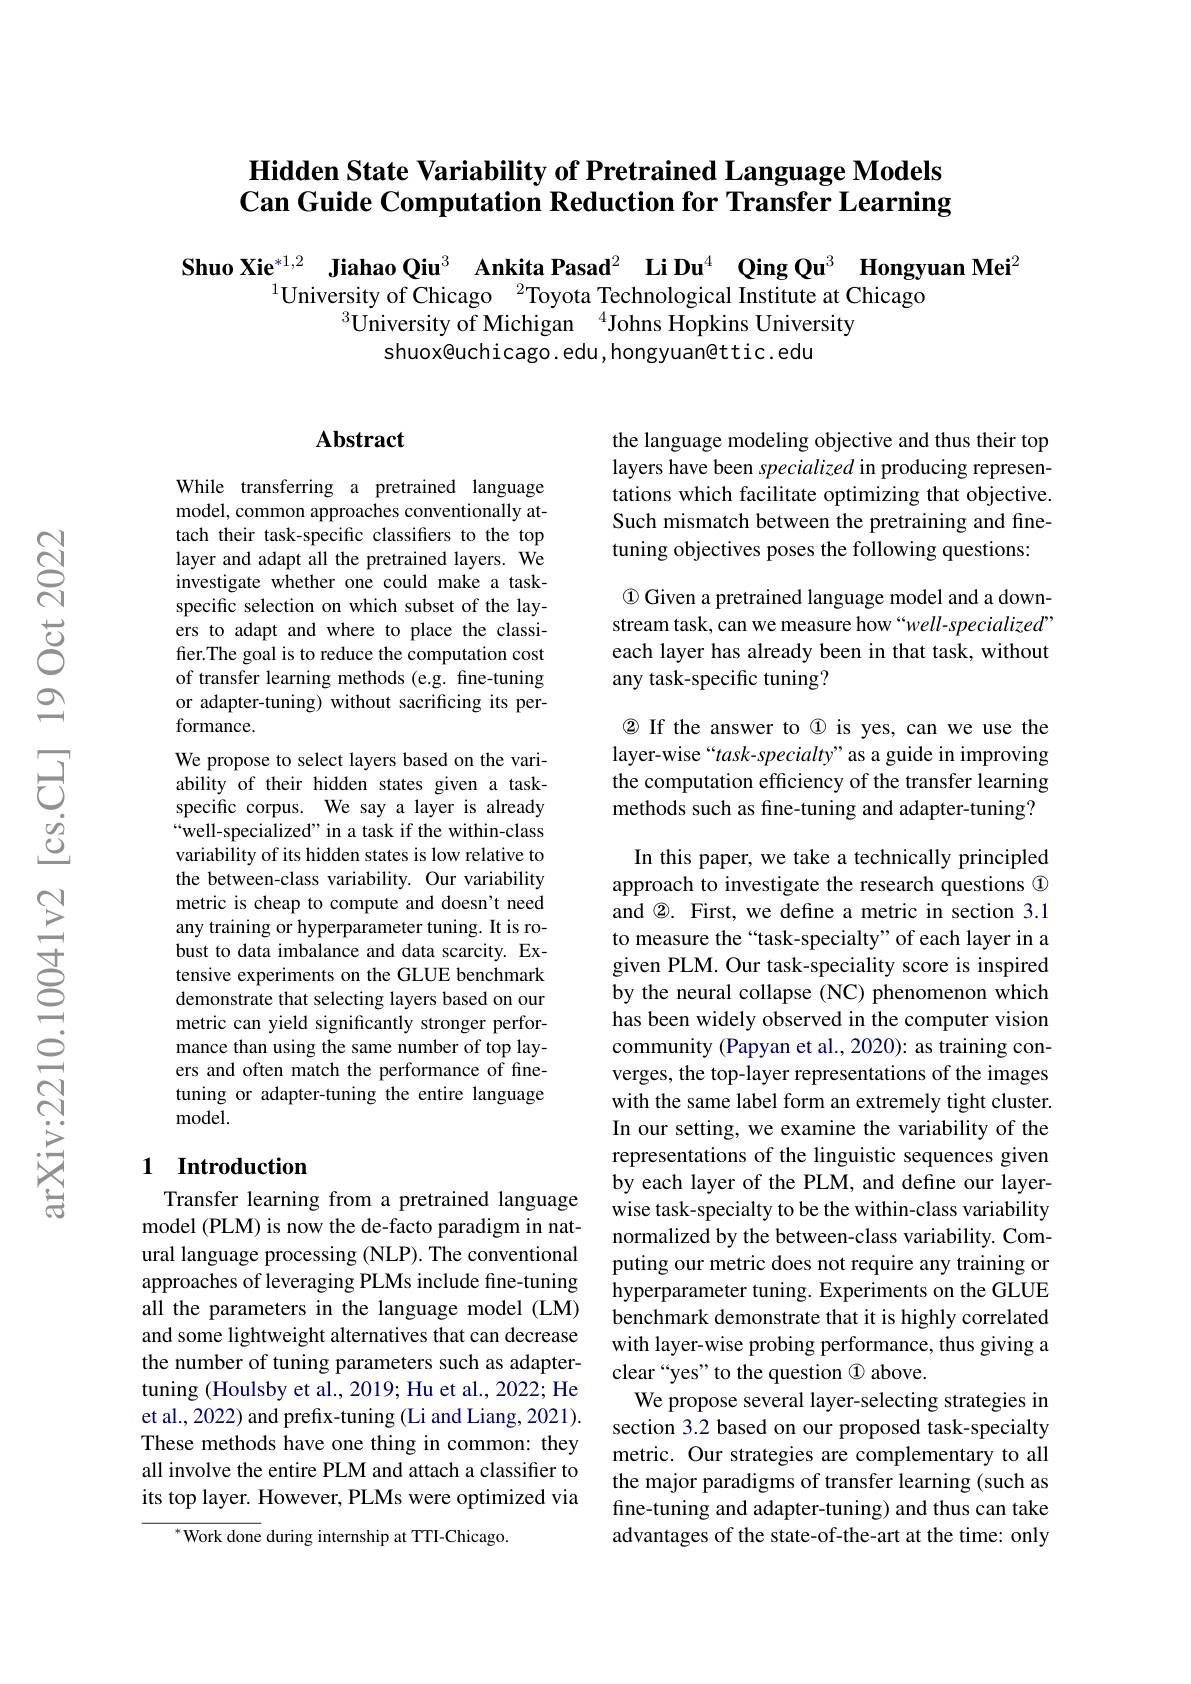
## Hidden State Variability of Pretrained Language Models Can Guide Computation Reduction for Transfer Learning

$\textbf{Shuo Xie}_{1\text{University of Chicago }^2\text{Toyota Technological Institute at Chicago}}^{*1,2}\textbf{Jiahao Qiu}^3\textbf{ Ankita Pasad}^2\textbf{ Li Du}^4\textbf{ Qing Qu}^3\textbf{ Hongyuan Mei}^2$
$^{3}$University of Michigan$^{4}$Johns Hopkins University
shuox@uchicago.edu,hongyuan@ttic.edu

## $\mathbf{Abstract}$

While transferring a pretrained language model, common approaches conventionally attach their task-specific classifiers to the top layer and adapt all the pretrained layers. We investigate whether one could make a taskspecific selection on which subset of the layers to adapt and where to place the classifier.The goal is to reduce the computation cost of transfer learning methods (e.g. fine-tuning or adapter-tuning) without sacrificing its performance.
We propose to select layers based on the variability of their hidden states given a taskspecific corpus. We say a layer is already “well-specialized” in a task if the within-class variability of its hidden states is low relative to the between-class variability. Our variability metric is cheap to compute and doesn't need any training or hyperparameter tuning. It is robust to data imbalance and data scarcity. Extensive experiments on the GLUE benchmark demonstrate that selecting layers based on our metric can yield significantly stronger performance than using the same number of top layers and often match the performance of finetuning or adapter-tuning the entire language model.

## 1 Introduction

Transfer learning from a pretrained language model (PLM) is now the de-facto paradigm in natural language processing (NLP). The conventional approaches of leveraging PLMs include fine-tuning all the parameters in the language model (LM) and some lightweight alternatives that can decrease the number of tuning parameters such as adaptertuning (Houlsby et al., 2019; Hu et al., 2022; He et al., 2022) and prefix-tuning (Li and Liang, 2021). These methods have one thing in common: they all involve the entire PLM and attach a classifier to its top layer. However, PLMs were optimized via

$^{*}$Work done during internship at TTI-Chicago.

the language modeling objective and thus their top layers have been specialized in producing representations which facilitate optimizing that objective. Such mismatch between the pretraining and finetuning objectives poses the following questions:

$\textcircled 1 Given a pretrained language model and a down-$ stream task, can we measure how “well-specialized” each layer has already been in that task, without any task-specific tuning?

$\textcircled{2}$ If the answer to @ is yes, can we use the layer-wise“task-specialty”as a guide in improving the computation efficiency of the transfer learning methods such as fine-tuning and adapter-tuning?

In this paper, we take a technically principled approach to investigate the research questions 0 and $\textcircled{2}.$ First, we define a metric in section 3.1 to measure the “task-specialty”of each layer in a given PLM. Our task-speciality score is inspired by the neural collapse (NC) phenomenon which has been widely observed in the computer vision community (Papyan et al., 2020): as training converges, the top-layer representations of the images with the same label form an extremely tight cluster. In our setting, we examine the variability of the representations of the linguistic sequences given by each layer of the PLM, and define our layerwise task-specialty to be the within-class variability normalized by the between-class variability. Computing our metric does not require any training or hyperparameter tuning. Experiments on the GLUE benchmark demonstrate that it is highly correlated with layer-wise probing performance, thus giving a clear“yes”to the question $\textcircled{1}$ above.
We propose several layer-selecting strategies in section 3.2 based on our proposed task-specialty metric. Our strategies are complementary to all the major paradigms of transfer learning (such as fine-tuning and adapter-tuning) and thus can take advantages of the state-of-the-art at the time: only